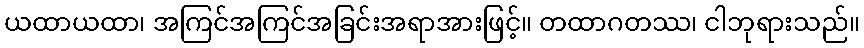
ယထာယထာ၊ အကြင်အကြင်အခြင်းအရာအားဖြင့်။ တထာဂတဿ၊ ငါဘုရားသည်။